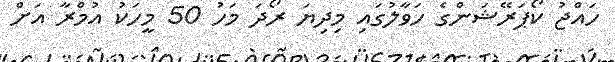
ހައްޖު ކޯޕަރޭޝަންގެ ހަވާލުގައި މިދިޔަ ރޯދަ މަހު 50 މީހަކު އުމްރާ އަށް